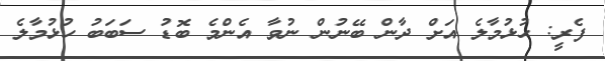
ފެރީ: ހުޅުމާލެ އަށް ދާން ބޭނުން ނުވާ އެންމެ ބޮޑު ސަބަބު ހުޅުމާލެ